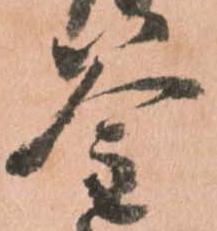
釜